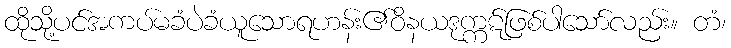
ထိုသို့ပင်အကပ်မခံပဲခံယူသောရဟန်း၏ဝိနယဒုက္ကဋ်ဖြစ်ပါသော်လည်း။ တံ၊